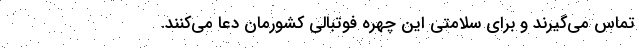
تماس می‌گیرند و برای سلامتی این چهره فوتبالی کشورمان دعا می‌کنند.